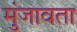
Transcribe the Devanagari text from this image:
मुंजावता